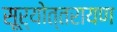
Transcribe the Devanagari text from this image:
सूर्योत्तरायण